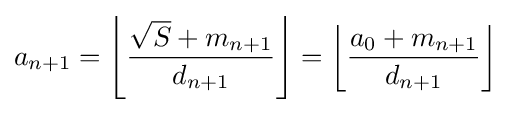
a_{n+1}=\left\lfloor {\frac {{\sqrt {S}}+m_{n+1}}{d_{n+1}}}\right\rfloor =\left\lfloor {\frac {a_{0}+m_{n+1}}{d_{n+1}}}\right\rfloor \!